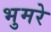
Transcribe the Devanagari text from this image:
भुमरे